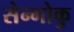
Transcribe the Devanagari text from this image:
सेन्गोकु